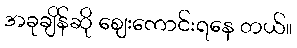
အခုချိန်ဆို ဈေးကောင်းရနေ တယ်။